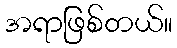
အရာဖြစ်တယ်။